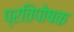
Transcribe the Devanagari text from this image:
प्रतिपोषक